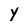
Character: Y